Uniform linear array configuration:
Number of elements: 4
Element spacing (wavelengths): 0.5
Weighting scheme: kaiser
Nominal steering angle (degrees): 60
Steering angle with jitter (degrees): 60.336
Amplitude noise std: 0.05
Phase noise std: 0.05

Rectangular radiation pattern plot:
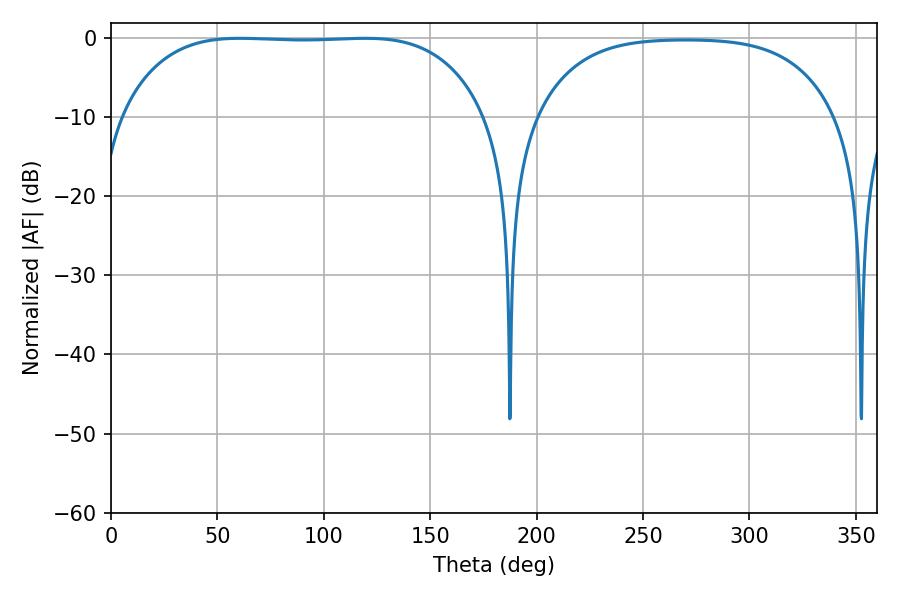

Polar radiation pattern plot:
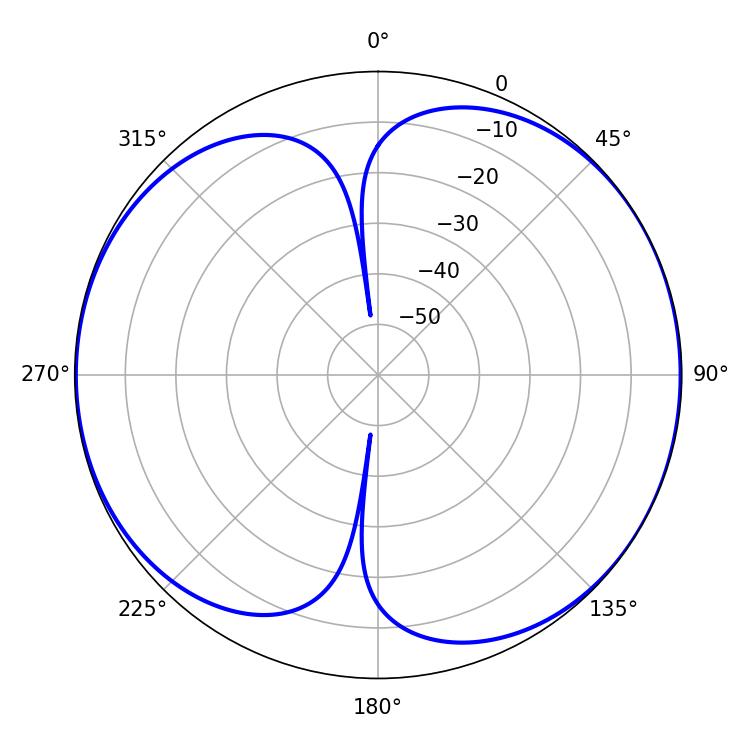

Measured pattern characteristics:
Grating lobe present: FALSE
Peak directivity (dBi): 7.296
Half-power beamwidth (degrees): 133.2
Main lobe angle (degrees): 60.48